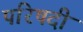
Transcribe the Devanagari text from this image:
परिषदी